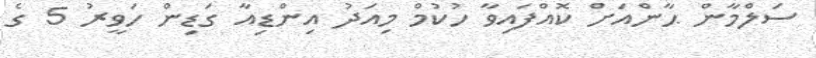
ސަލްމާން ޙާންއަށް ކޮއްފައިވާ ހުކުމް މިއަދު އިންޑިއާ ގަޑިން ހަވީރު 5 ގެ